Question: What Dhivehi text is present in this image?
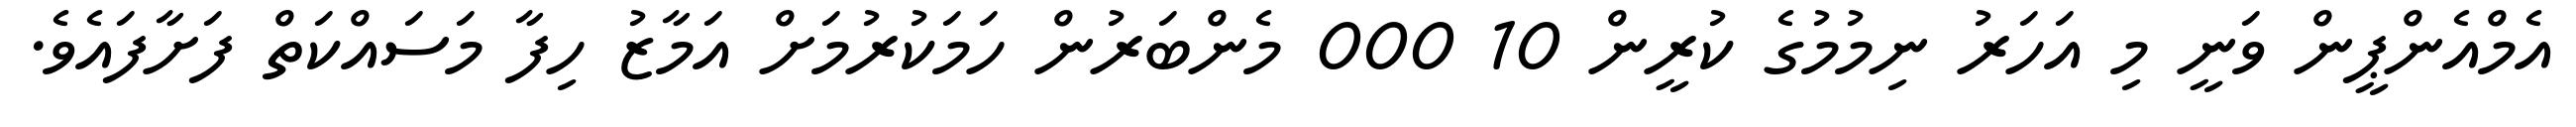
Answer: އެމްއެންޕީން ވަނީ މި އަހަރު ނިމުމުގެ ކުރީން 10 000 މެންބަރުން ހަމަކުރުމަށް އަމާޒު ހިފާ މަސައްކަތް ފަށާފައެވެ.